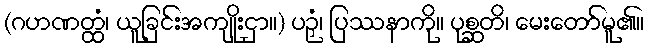
(ဂဟဏတ္ထံ၊ ယူခြင်းအကျိုးငှာ။) ပဉှံ၊ ပြဿနာကို။ ပုစ္ဆတိ၊ မေးတော်မူ၏။